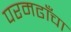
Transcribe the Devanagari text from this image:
परमढाँचा